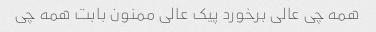
همه چی عالی برخورد پیک عالی‌ ممنون بابت همه چی